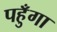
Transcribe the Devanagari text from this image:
पहुँगा